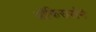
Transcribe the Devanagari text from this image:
ऑफिसर्सने